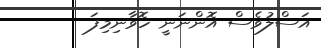
އަސްލުވެސް އޮންނަނީ ހޮވާނިމިފަ